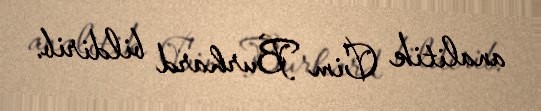
analitik Cim Burhard bildirib.